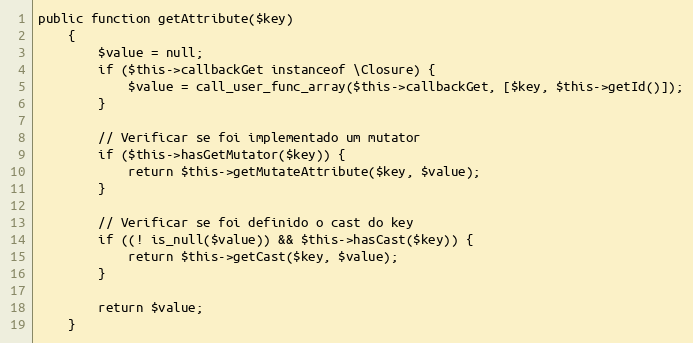
Language: PHP
public function getAttribute($key)
    {
        $value = null;
        if ($this->callbackGet instanceof \Closure) {
            $value = call_user_func_array($this->callbackGet, [$key, $this->getId()]);
        }

        // Verificar se foi implementado um mutator
        if ($this->hasGetMutator($key)) {
            return $this->getMutateAttribute($key, $value);
        }

        // Verificar se foi definido o cast do key
        if ((! is_null($value)) && $this->hasCast($key)) {
            return $this->getCast($key, $value);
        }

        return $value;
    }